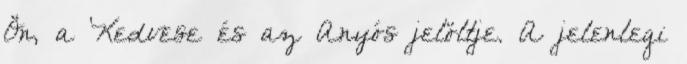
Ön, a Kedvese és az Anyós jelöltje. A jelenlegi